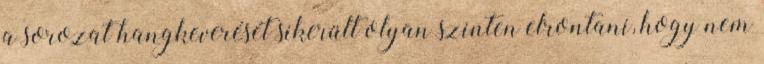
a sorozat hangkeverését sikerült olyan szinten elrontani, hogy nem